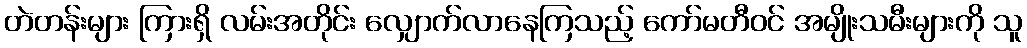
တဲတန်းများ ကြားရှိ လမ်းအတိုင်း လျှောက်လာနေကြသည့် ကော်မတီဝင် အမျိုးသမီးများကို သူ